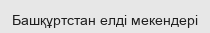
Башқұртстан елді мекендері